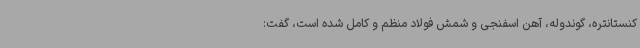
کنستانتره، گوندوله، آهن اسفنجی و شمش فولاد منظم و کامل شده است، گفت: